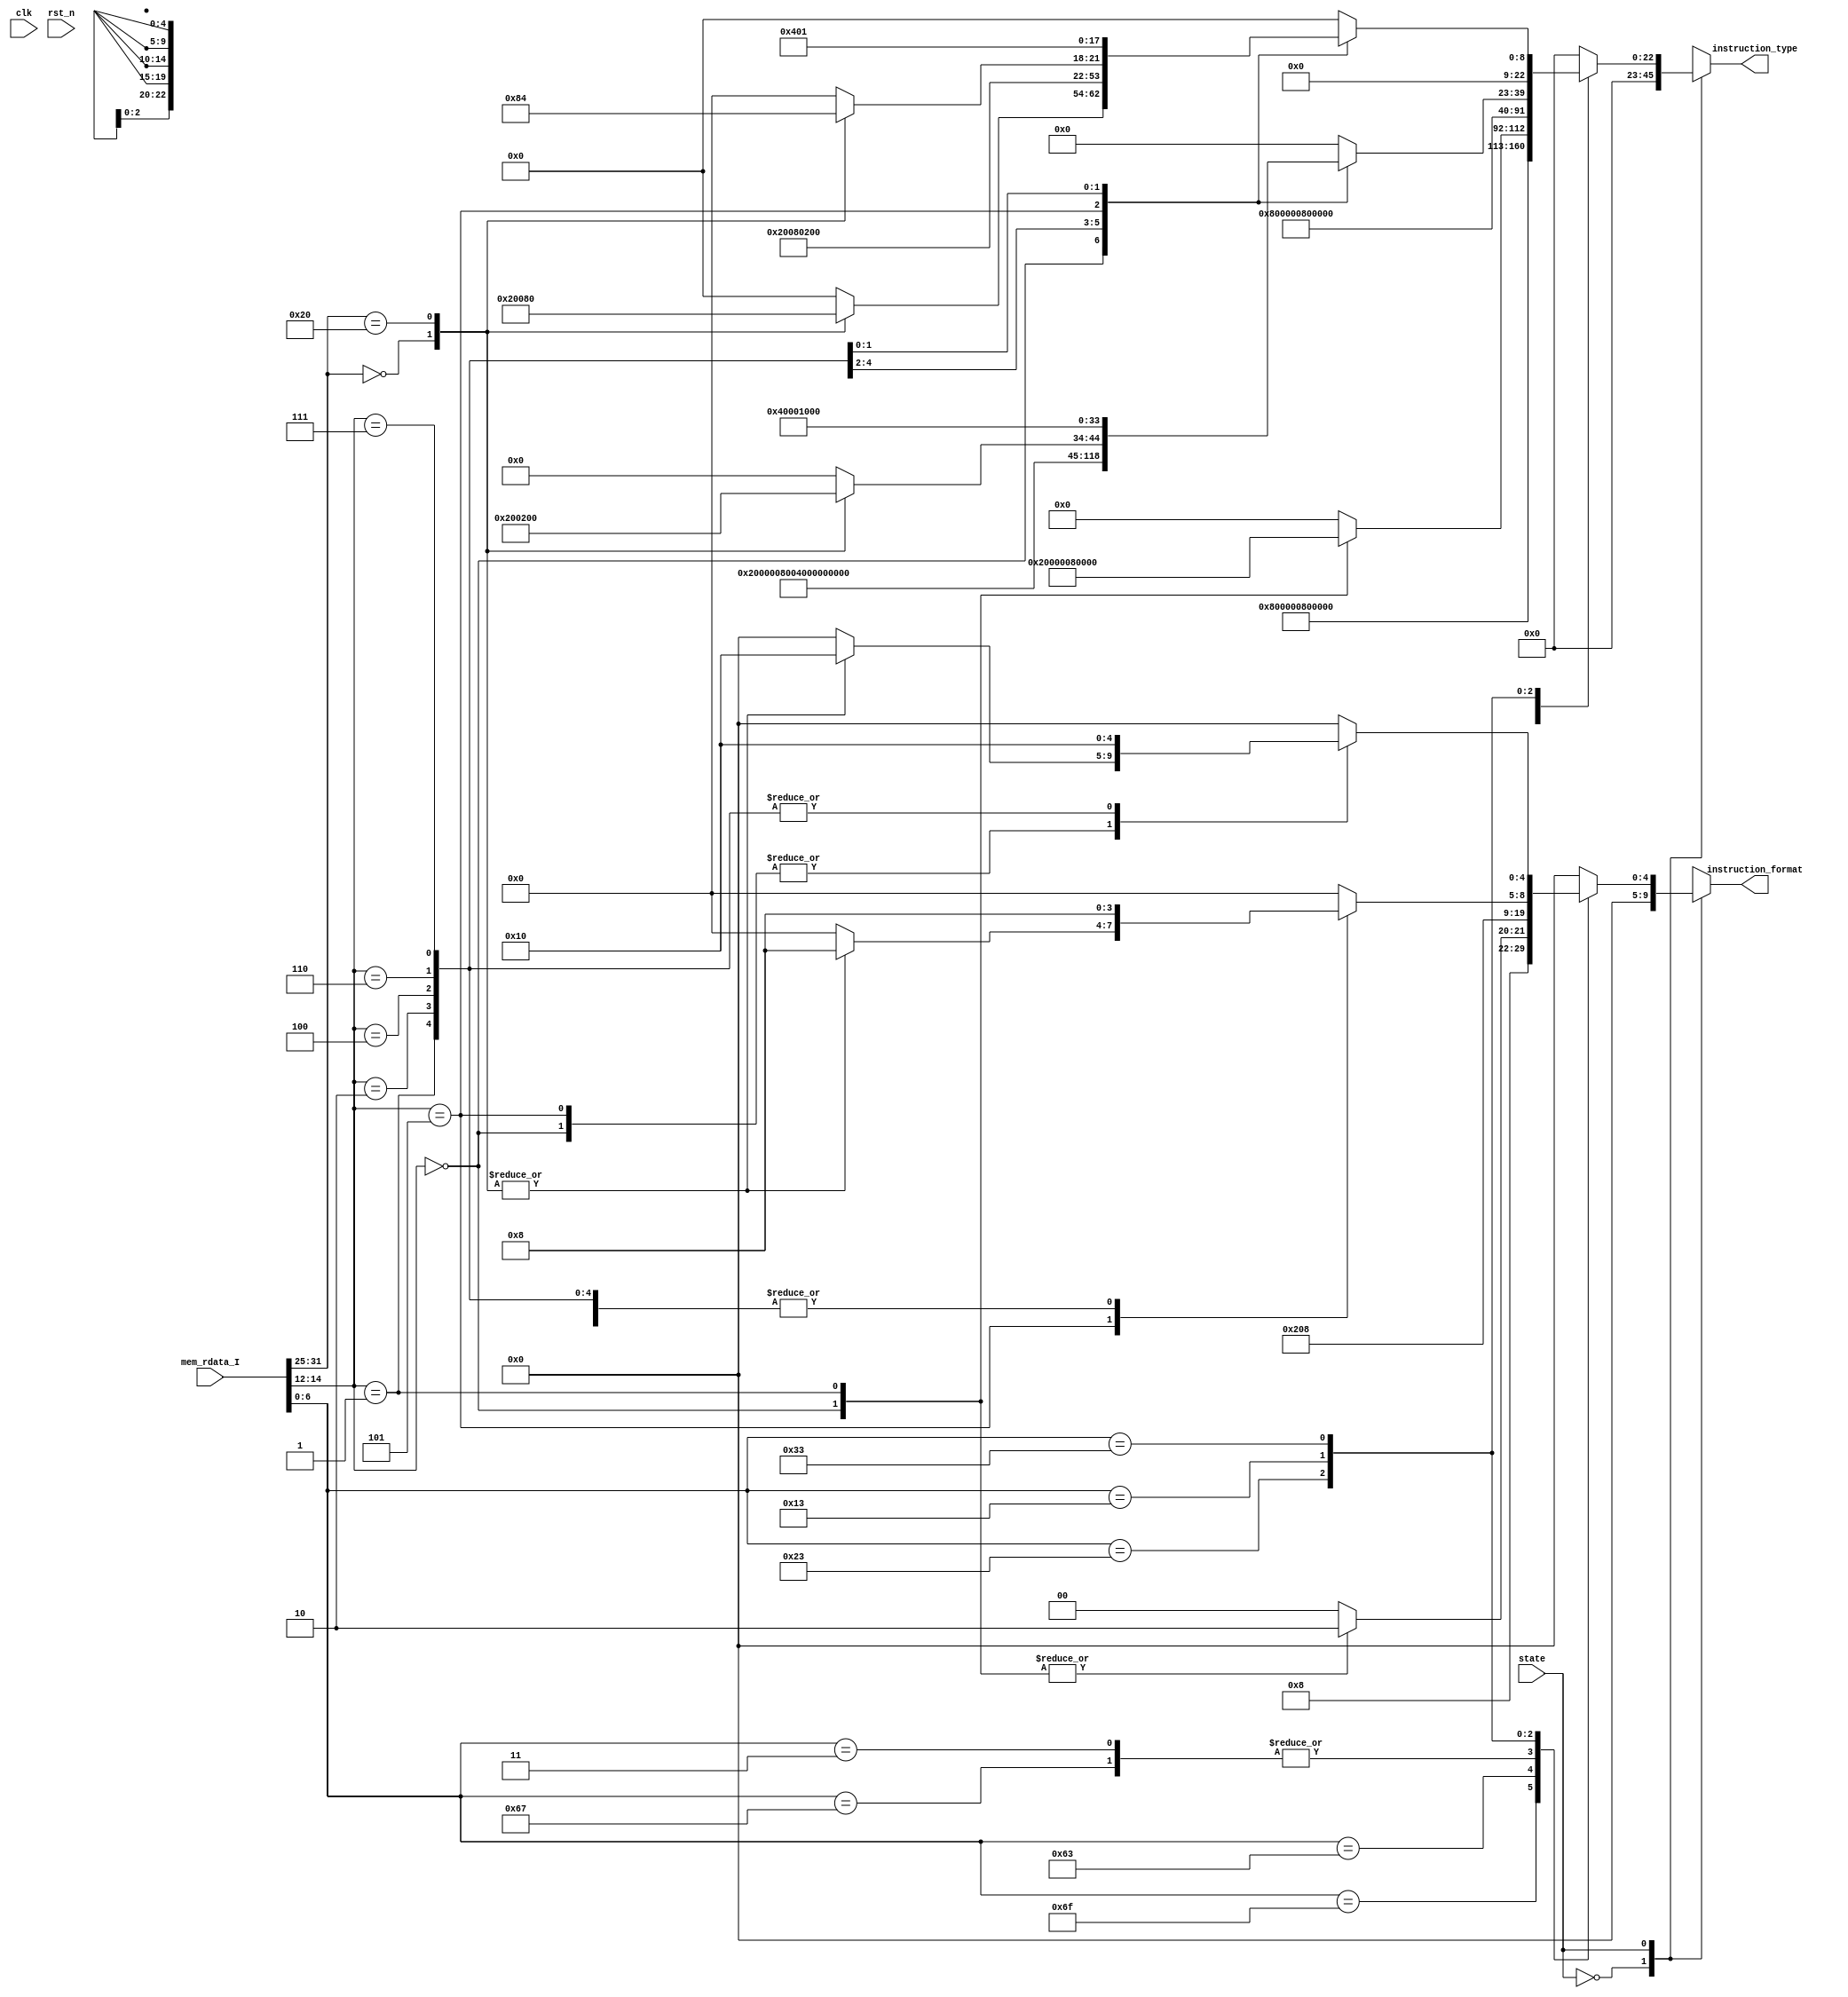
module HW3( clk,
            rst_n,
            // for mem_I
            // mem_addr_I,
            mem_rdata_I,
			// for result output
			instruction_type,
			instruction_format,

            state
			);

    input state;
    input         clk, rst_n        ;
    // output [31:2] mem_addr_I        ;
    input  [31:0] mem_rdata_I       ;
	output [22:0] instruction_type  ;
	output [ 4:0] instruction_format;

    // reg [31:2] mem_addr_I, next_mem_addr_I;
    reg [22:0] instruction_type, next_instruction_type;
    reg [ 4:0] instruction_format, next_instruction_format;

// MACRO 
    parameter IDLE = 1'b0;
    parameter BUSY = 1'b1;

// wire/reg declaration
    // reg state, next_state;


// ------------------------------------
//      combinational part
// ------------------------------------

always @ (*) begin
    case(state)
        IDLE: begin
            // next_mem_addr_I = 30'd0;
            next_instruction_type = 23'd0;
            next_instruction_format = 5'd0;
        end
        BUSY: begin
            case (mem_rdata_I[6:0]) // opcode
                7'b1101111: begin // jal
                    next_instruction_format = 5'b00001;
                    next_instruction_type = 23'b10000000000000000000000;
                    // next_mem_addr_I = mem_addr_I + 1'b1;
                end
                7'b1100111: begin // jalr
                    next_instruction_format = 5'b01000;
                    next_instruction_type = 23'b01000000000000000000000;
                    // next_mem_addr_I = mem_addr_I + 1'b1;
                end
                7'b1100011: begin 
                    case (mem_rdata_I[14:12])
                        3'b000: begin // beq
                            next_instruction_format = 5'b00010;
                            next_instruction_type = 23'b00100000000000000000000;
                            // next_mem_addr_I = mem_addr_I + 1'b1;
                        end
                        3'b001: begin // bne
                            next_instruction_format = 5'b00010;
                            next_instruction_type = 23'b00010000000000000000000;
                            // next_mem_addr_I = mem_addr_I + 1'b1;
                        end
                        default: begin
                            // next_mem_addr_I = 30'd0;
                            next_instruction_type = 23'd0;
                            next_instruction_format = 5'd0;
                        end
                    endcase
                end
                7'b0000011: begin // ld
                    next_instruction_format = 5'b01000;
                    next_instruction_type = 23'b00001000000000000000000;
                    // next_mem_addr_I = mem_addr_I + 1'b1;
                end
                7'b0100011: begin // sd
                    next_instruction_format = 5'b00100;
                    next_instruction_type = 23'b00000100000000000000000;
                    // next_mem_addr_I = mem_addr_I + 1'b1;
                end
                7'b0010011: begin
                    case(mem_rdata_I[14:12])
                        3'b000: begin // addi
                            next_instruction_format = 5'b01000;
                            next_instruction_type = 23'b00000010000000000000000;
                            // next_mem_addr_I = mem_addr_I + 1'b1;
                        end
                        3'b001: begin // slli
                            next_instruction_format = 5'b01000;
                            next_instruction_type = 23'b00000000000100000000000;
                            // next_mem_addr_I = mem_addr_I + 1'b1;
                        end
                        3'b010: begin // slti
                            next_instruction_format = 5'b01000;
                            next_instruction_type = 23'b00000001000000000000000;
                            // next_mem_addr_I = mem_addr_I + 1'b1;
                        end
                        3'b100: begin // xori
                            next_instruction_format = 5'b01000;
                            next_instruction_type = 23'b00000000100000000000000;
                            // next_mem_addr_I = mem_addr_I + 1'b1;
                        end
                        3'b101: begin
                            case (mem_rdata_I[31:25])
                                7'b0000000: begin // srli
                                    next_instruction_format = 5'b01000;
                                    next_instruction_type = 23'b00000000000010000000000;
                                    // next_mem_addr_I = mem_addr_I + 1'b1;
                                end
                                7'b0100000: begin // srai
                                    next_instruction_format = 5'b01000;
                                    next_instruction_type = 23'b00000000000001000000000;
                                    // next_mem_addr_I = mem_addr_I + 1'b1;
                                end
                                default: begin
                                    next_instruction_type = 23'd0;
                                    next_instruction_format = 5'd0;
                                    // next_mem_addr_I = 30'd0;
                                end
                            endcase
                        end
                        3'b110: begin // ori
                            next_instruction_format = 5'b01000;
                            next_instruction_type = 23'b00000000010000000000000;
                            // next_mem_addr_I = mem_addr_I + 1'b1;
                        end
                        3'b111: begin // andi
                            next_instruction_format = 5'b01000;
                            next_instruction_type = 23'b00000000001000000000000;
                            // next_mem_addr_I = mem_addr_I + 1'b1;
                        end
                        default: begin
                            next_instruction_type = 23'd0;
                            next_instruction_format = 5'd0;
                            // next_mem_addr_I = 30'd0;
                        end
                    endcase
                end
                7'b0110011: begin 
                    case (mem_rdata_I[14:12])
                        3'b000: begin
                            case (mem_rdata_I[31:25])
                                7'b0000000: begin // add
                                    next_instruction_format = 5'b10000;
                                    next_instruction_type = 23'b00000000000000100000000;
                                    // next_mem_addr_I = mem_addr_I + 1'b1;
                                end
                                7'b0100000: begin // sub
                                    next_instruction_format = 5'b10000;
                                    next_instruction_type = 23'b00000000000000010000000;
                                    // next_mem_addr_I = mem_addr_I + 1'b1;
                                end
                                default: begin
                                    // next_mem_addr_I = 30'd0;
                                    next_instruction_type = 23'd0;
                                    next_instruction_format = 5'd0;
                                end
                            endcase
                        end
                        3'b001: begin // sll
                            next_instruction_format = 5'b10000;
                            next_instruction_type = 23'b00000000000000001000000;
                            // next_mem_addr_I = mem_addr_I + 1'b1;
                        end
                        3'b010: begin // slt
                            next_instruction_format = 5'b10000;
                            next_instruction_type = 23'b00000000000000000100000;
                            // next_mem_addr_I = mem_addr_I + 1'b1;
                        end
                        3'b100: begin // xor
                            next_instruction_format = 5'b10000;
                            next_instruction_type = 23'b00000000000000000010000;
                            // next_mem_addr_I = mem_addr_I + 1'b1;
                        end
                        3'b101: begin
                            case (mem_rdata_I[31:25])
                                7'b0000000: begin // srl
                                    next_instruction_format = 5'b10000;
                                    next_instruction_type = 23'b00000000000000000001000;
                                    // next_mem_addr_I = mem_addr_I + 1'b1;
                                end
                                7'b0100000: begin // sra
                                    next_instruction_format = 5'b10000;
                                    next_instruction_type = 23'b00000000000000000000100;
                                    // next_mem_addr_I = mem_addr_I + 1'b1;
                                end
                                default: begin
                                    // next_mem_addr_I = 30'd0;
                                    next_instruction_type = 23'd0;
                                    next_instruction_format = 5'd0;
                                end
                            endcase
                        end
                        3'b110: begin // or
                            next_instruction_format = 5'b10000;
                            next_instruction_type = 23'b00000000000000000000010;
                            // next_mem_addr_I = mem_addr_I + 1'b1;
                        end
                        3'b111: begin // and
                            next_instruction_format = 5'b10000;
                            next_instruction_type = 23'b00000000000000000000001;
                            // next_mem_addr_I = mem_addr_I + 1'b1;
                        end
                        default: begin
                            // next_mem_addr_I = 30'd0;
                            next_instruction_type = 23'd0;
                            next_instruction_format = 5'd0;
                        end
                    endcase
                end
                default: begin
                    // next_mem_addr_I = 30'd0;
                    next_instruction_type = 23'd0;
                    next_instruction_format = 5'd0;
                end
            endcase
        end
        default: begin
            // next_mem_addr_I = 30'd0;
            next_instruction_type = 23'd0; 
            next_instruction_format = 5'd0;
        end
    endcase
    instruction_type = next_instruction_type;
    instruction_format = next_instruction_format;
    // mem_addr_I = next_mem_addr_I;
end

// ------------------------------------
//      sequential part
// ------------------------------------


// always @ (posedge clk or negedge rst_n) begin
//     if (!rst_n) begin
//         state <= IDLE;
//         instruction_format <= 5'd0;
//         instruction_type <= 23'd0;
//         mem_addr_I <= 30'd0;
//     end
//     else begin
//         state <= BUSY;
//         instruction_format <= next_instruction_format;
//         instruction_type <= next_instruction_type;
//         mem_addr_I <= next_mem_addr_I;
//     end
// end

endmodule